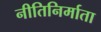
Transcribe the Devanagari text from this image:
नीतिनिर्माता